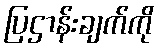
ပြဌာန်းချက်ကို